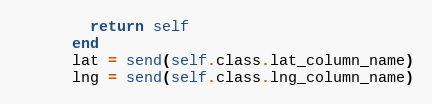
Language: Ruby
        return self
      end
      lat = send(self.class.lat_column_name)
      lng = send(self.class.lng_column_name)